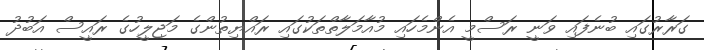
ގަރާރުގައި ބުނެފައި ވަނީ ރަސްމީ އެންމެހައި މުއާމަލާތްތަކުގައި ރައްޔިތުންގެ މަޖިލީހުގެ ރައީސް އަބުދު